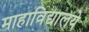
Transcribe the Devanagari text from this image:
माहाविद्यालये